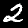
Label: 2